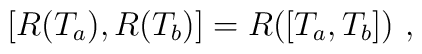
[R(T_a),R(T_b)] = R([T_a,T_b])~,